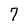
Character: 7